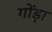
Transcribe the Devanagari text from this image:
गोंड़ा